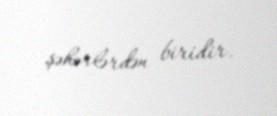
şəhərlərdən biridir.